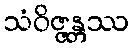
သံဝိဇ္ဇန္တဿ